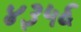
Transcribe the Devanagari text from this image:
४३५६